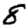
Digit: 8